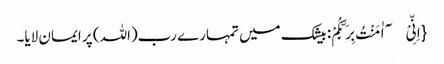
{اِنِّیْۤ اٰمَنْتُ بِرَبِّکُمْ: بیشک میں تمہارے رب(اللہ) پر ایمان لایا۔